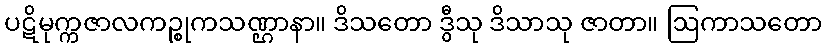
ပဋိမုက္ကဇာလကဉ္စုကသဏ္ဌာနာ။ ဒိသတော ဒွီသု ဒိသာသု ဇာတာ။ ဩကာသတော